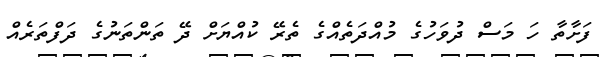
ފަށާތާ ހަ މަސް ދުވަހުގެ މުއްދަތެއްގެ ތެރޭ ކުއްޔަށް ދޭ ތަންތަނުގެ ދަފްތަރެއް